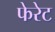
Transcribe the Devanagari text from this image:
फेरेट